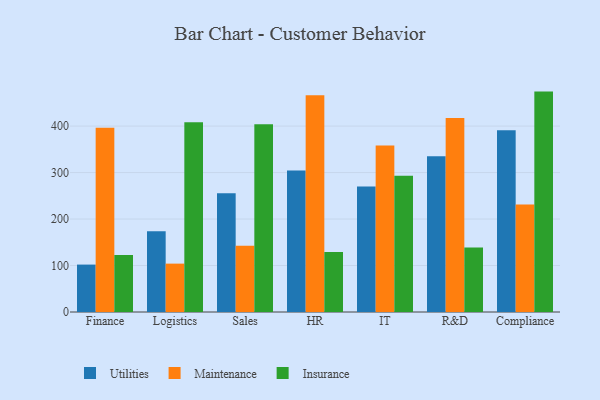
{"axis": {"x": "Department", "y": "Inventory Turnover"}, "legend": ["Insurance", "Maintenance", "Utilities"], "data": [{"x": "Finance", "y": 102.0, "type": "Utilities"}, {"x": "Finance", "y": 396.3, "type": "Maintenance"}, {"x": "Finance", "y": 122.4, "type": "Insurance"}, {"x": "Logistics", "y": 174.0, "type": "Utilities"}, {"x": "Logistics", "y": 104.1, "type": "Maintenance"}, {"x": "Logistics", "y": 408.5, "type": "Insurance"}, {"x": "Sales", "y": 255.4, "type": "Utilities"}, {"x": "Sales", "y": 142.4, "type": "Maintenance"}, {"x": "Sales", "y": 404.1, "type": "Insurance"}, {"x": "HR", "y": 304.3, "type": "Utilities"}, {"x": "HR", "y": 466.1, "type": "Maintenance"}, {"x": "HR", "y": 129.1, "type": "Insurance"}, {"x": "IT", "y": 270.2, "type": "Utilities"}, {"x": "IT", "y": 358.3, "type": "Maintenance"}, {"x": "IT", "y": 293.0, "type": "Insurance"}, {"x": "R&D", "y": 334.9, "type": "Utilities"}, {"x": "R&D", "y": 417.6, "type": "Maintenance"}, {"x": "R&D", "y": 138.6, "type": "Insurance"}, {"x": "Compliance", "y": 391.1, "type": "Utilities"}, {"x": "Compliance", "y": 231.3, "type": "Maintenance"}, {"x": "Compliance", "y": 474.2, "type": "Insurance"}]}